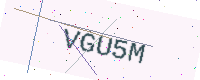
Text: VGU5M